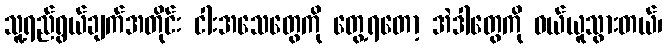
သူ့ရည်ရွယ်ချက်အတိုင်း ငါးအသေတွေကို တွေ့ရတော့ အဲဒါတွေကို ဝယ်ယူသွားတယ်၊